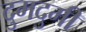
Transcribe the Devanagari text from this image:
दुमदुमी